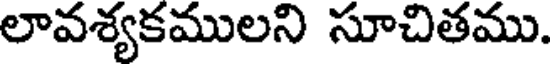
లావశ్యకములని సూచితము.